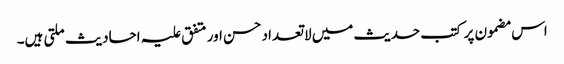
اس مضمون پر کتب حدیث میں لاتعداد حسن اور متفق علیہ احادیث ملتی ہیں۔